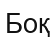
Боқ